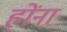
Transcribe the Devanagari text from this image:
होंना